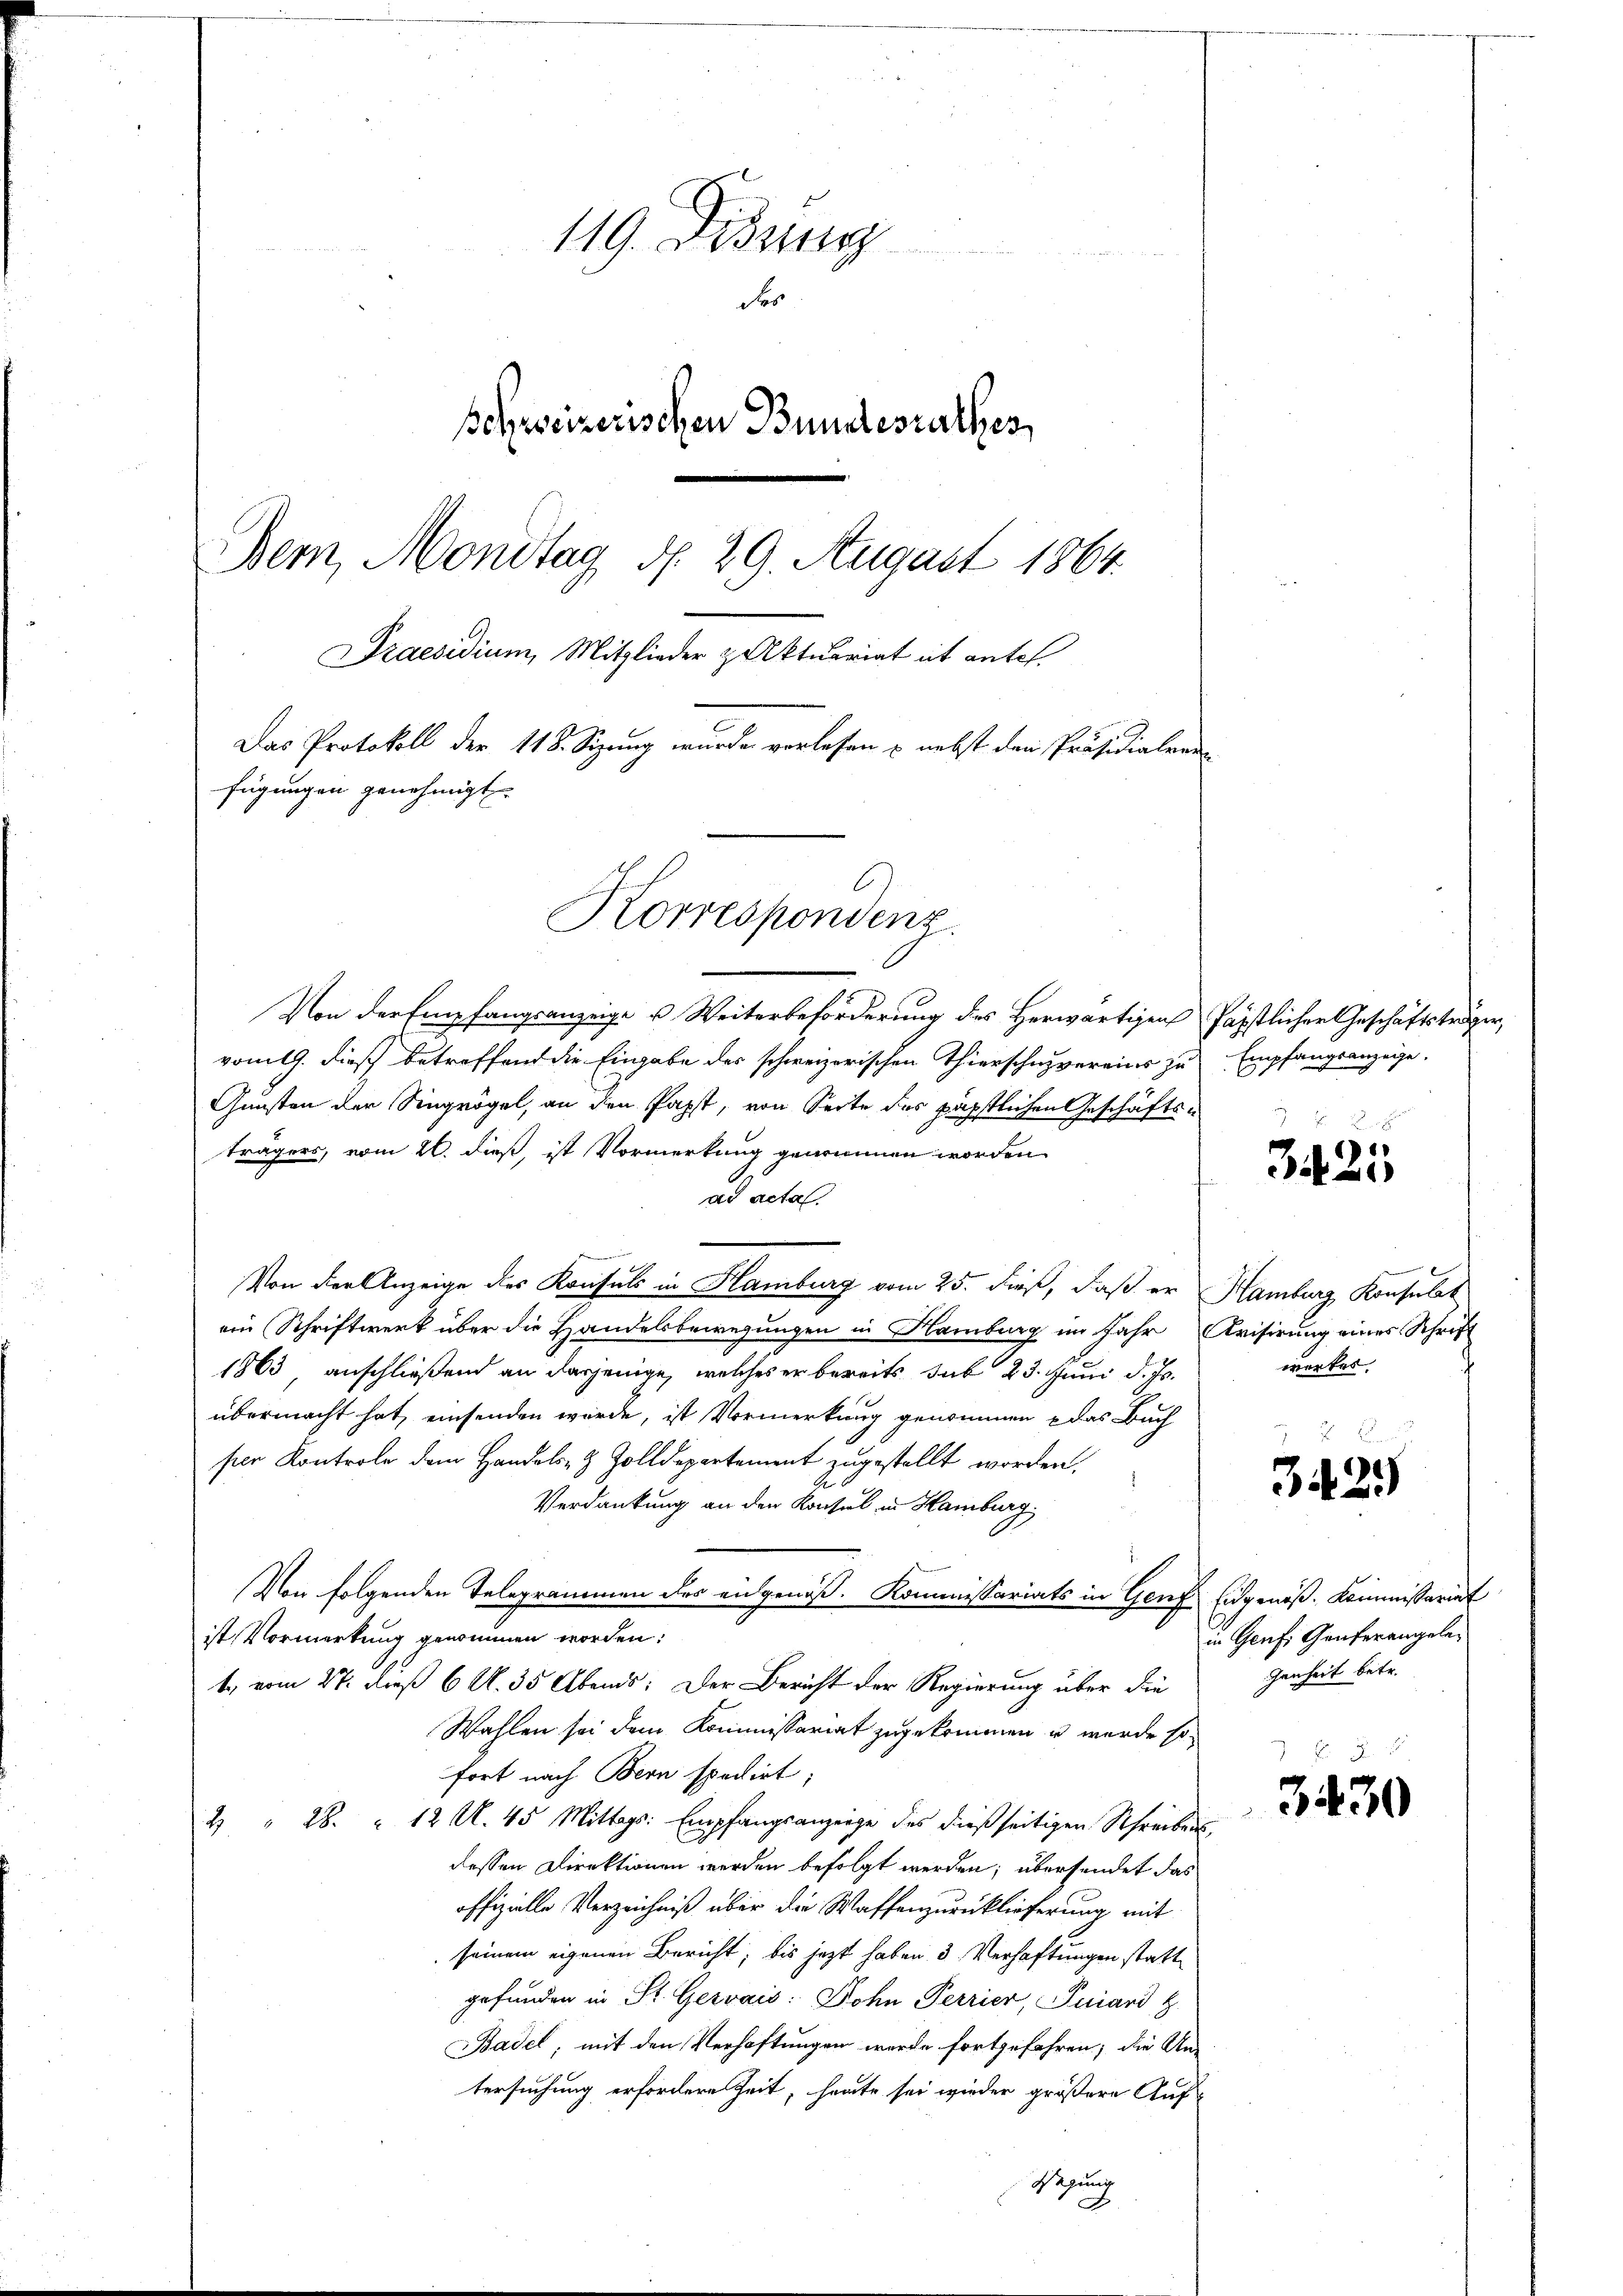
119. Didung
de
schweizerischen Bundesrathes,
Bern, Mondtag d. 29. August 1864.
Praesidium, Mitglieder & Aktuariat ist antes.
Das Protokoll der 118. Sizung wurde verlesen & nebst den Präsidialren
fügungen genehmigt.

Korrespondenz.

Von der Empfangsanzeige u. Weiterbeförderung des Herwärtigen Papstlicher Geschäftsträger,
vom 19. dies betreffend die Eingabe der schweizerischen Thierschuzvereins zu Empfangsanzeige.
Gunsten der Singrögel, an den Papst, von Seite des päpstlichen Geschäftsträgers, vom 26. dieß, ist Vormerkung genommen worden
ad acta
e
Von der Anzeige des Konsuls in Hamburg vom 25. dieß, daß er Hamburg Konsulat
ein Schriftwerk über die Handelsbewegungen in Hamburg im Jahr Krisirung eines Schrift
1863 anschließend an dasjenige, welches er bereits sub 23. Juni d. Js.
übermacht hat, einsenden würde, ist Vormerkung genommen das Buch
per Kontrole dem Handels- & Zolldepartement zugestellt worden,
Verdankung an den Konsul in Hamburg,
Von folgenden Telegrammen des angenoß. Kommissariats in Genf Eidgenöß-Kommissariat
ist Vormerkung genommen worden:
1., vom 27. dieß 6 N. 35 Abends: Der Bericht der Regierung über die
Wahlen sei dem Kommissariat zugekommen u wurde so
fort nach Bern spedirt,
4 " 28. " 12 Al. 45 Mittags: Empfangsanzeige des dießseitigen Schreibensdessen Direktionen werden befolgt werden; übersendet das
offizielle Verzeichniß über die Waffenzurücklieferung mit
seinem eigenen Bericht, bis jezt haben 3. Verhaftungen statt
gefunden in St. Gervais: Dohn Perrier, Juiard z.
Basel, mit den Verhaftungen wurde fortzufahren; die An-
tersuchung erfordere Zeit, heute sei wieder größere Auf-
Tagung

3425

wertes.

342)

in Genf. Genferangelegenheit betr.

3430